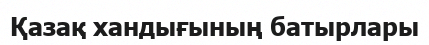
Қазақ хандығының батырлары